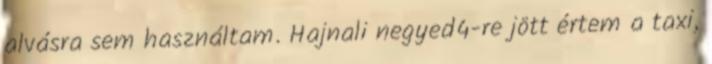
alvásra sem használtam. Hajnali negyed4-re jött értem a taxi,